Annual vaccination report of Bihar and Orissa - 1911-1928
Year: 1911
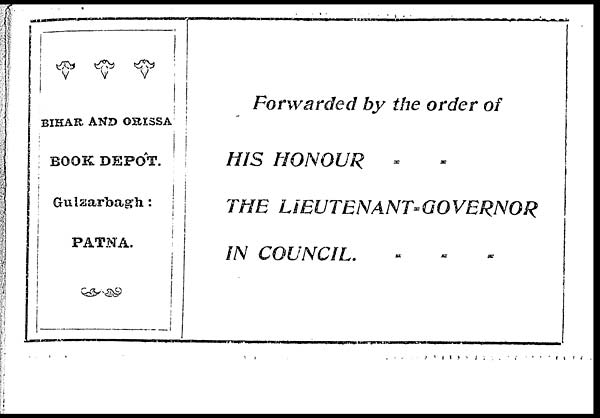
BIHAR AND ORISSA
BOOK DEPÔT.
Gulzarbagh:
PATNA.
Forwarded by the order of
HIS HONOUR = =
THE
LIEUTENANT=GOVERNOR
IN COUNCIL.